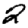
Digit: 2